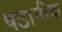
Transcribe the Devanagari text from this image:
षष्ठानीक